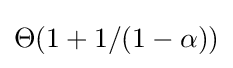
\Theta (1+1/(1-\alpha ))